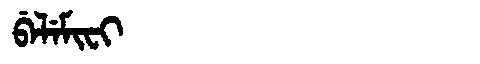
Manchu: ᠪᡝᠯᡝᠮᡳᠸᡳ
Romanization: BELEMIFI